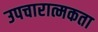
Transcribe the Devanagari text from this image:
उपचारात्मकता